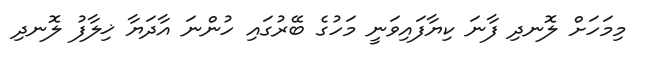
މިމަހަށް ލޮނދި ފާނަ ކިޔާފައިވަނީ މަހުގެ ބޭރުގައި ހުންނަ އާދަޔާ ޚިލާފު ލޮނދި